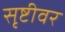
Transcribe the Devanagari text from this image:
सृष्टीवर